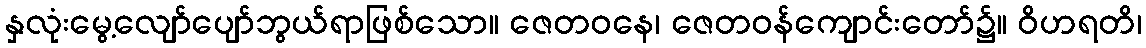
နှလုံးမွေ့လျော်ပျော်ဘွယ်ရာဖြစ်သော။ ဇေတဝနေ၊ ဇေတဝန်ကျောင်းတော်၌။ ဝိဟရတိ၊